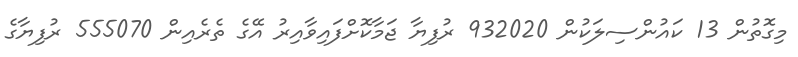
މިގޮތުން 13 ކައުންސިލަކުން 932020 ރުފިޔާ ޖަމާކޮށްފައިވާއިރު އޭގެ ތެރެއިން 555070 ރުފިޔާގެ